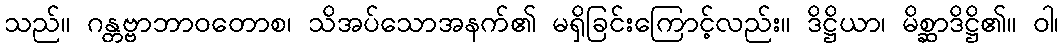
သည်။ ဂန္တဗ္ဗာဘာဝတောစ၊ သိအပ်သောအနက်၏ မရှိခြင်းကြောင့်လည်း။ ဒိဋ္ဌိယာ၊ မိစ္ဆာဒိဋ္ဌိ၏။ ဝါ၊